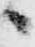
候